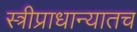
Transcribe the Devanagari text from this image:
स्त्रीप्राधान्यातच